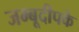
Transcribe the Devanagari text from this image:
जम्बूदीपके